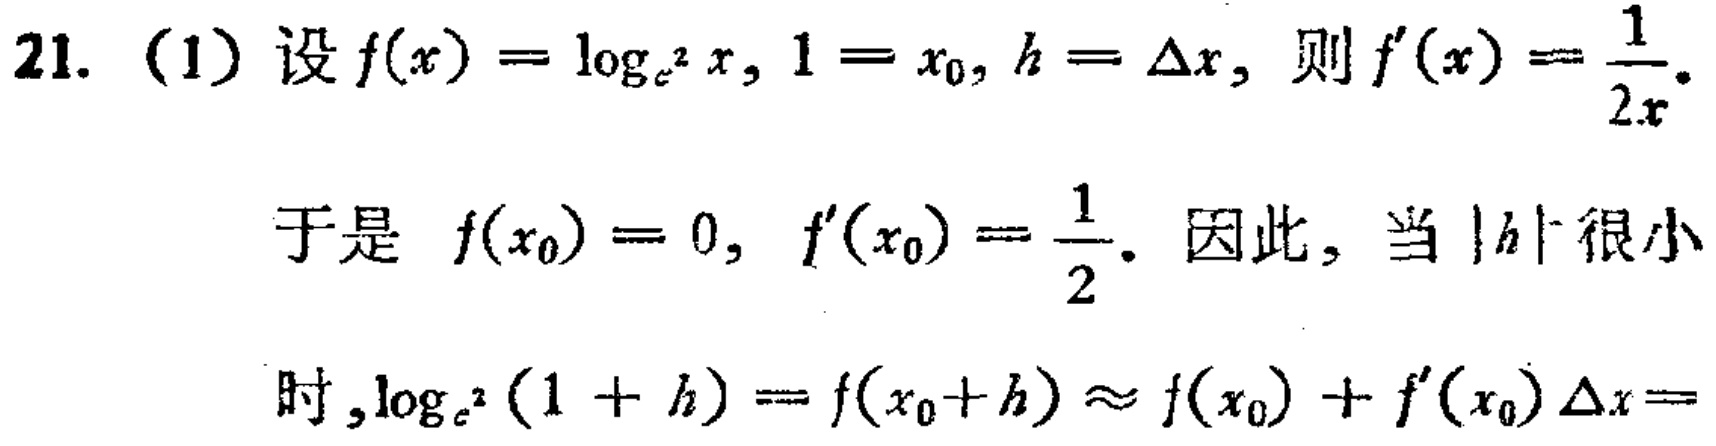
21. (1) 设 \(f(x)=\log_{e^{2}}x\), \(1 = x_{0}\), \(h=\Delta x\), 则 \(f^{\prime}(x)=\frac{1}{2x}\).
于是 \(f(x_{0}) = 0\), \(f^{\prime}(x_{0})=\frac{1}{2}\). 因此, 当 \(|h|\) 很小时, \(\log_{e^{2}}(1 + h)=f(x_{0}+h)\approx f(x_{0})+f^{\prime}(x_{0})\Delta x=\)